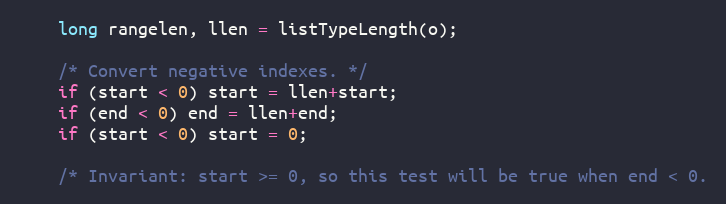
Language: C
    long rangelen, llen = listTypeLength(o);

    /* Convert negative indexes. */
    if (start < 0) start = llen+start;
    if (end < 0) end = llen+end;
    if (start < 0) start = 0;

    /* Invariant: start >= 0, so this test will be true when end < 0.